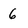
Character: 6